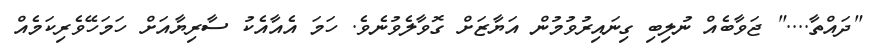
"ދައްތާ...." ޖަވާބެއް ނުލިބި ގިނައިރުވުމުން އަޔާޒަށް ގޮވާލެވުނެވެ. ހަމަ އެއާއެކު ސާރިޔާއަށް ހަމަހޭވެރިކަމެއް